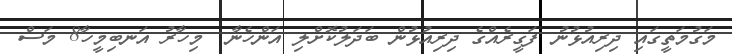
މަގުމަތީގައި ދިރިއުޅުނު ފަގީރެއްގެ ދިރިއުޅުން ބަދަލުކޮށްލި އަންހެނާ  މިހާރު އަނބިމީހާ8 މަސް